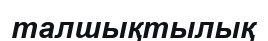
талшықтылық